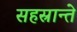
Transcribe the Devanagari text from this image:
सहस्रान्ते